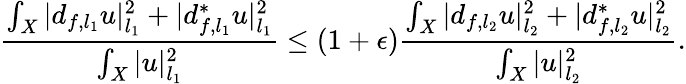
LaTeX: \frac{\int_{X}|d_{f,l_{1}}u|_{l_{1}}^{2}+|d_{f,l_{1}}^{*}u|_{l_{1}}^{2}}{\int_{X}|u|_{l_{1}}^{2}}\leq(1+\epsilon)\frac{\int_{X}|d_{f,l_{2}}u|_{l_{2}}^{2}+|d_{f,l_{2}}^{*}u|_{l_{2}}^{2}}{\int_{X}|u|_{l_{2}}^{2}}.